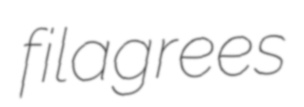
filagrees